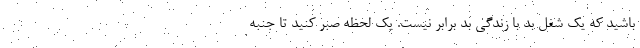
باشید که یک شغل بد با زندگی بد برابر نیست. یک لحظه صبر کنید تا جنبه